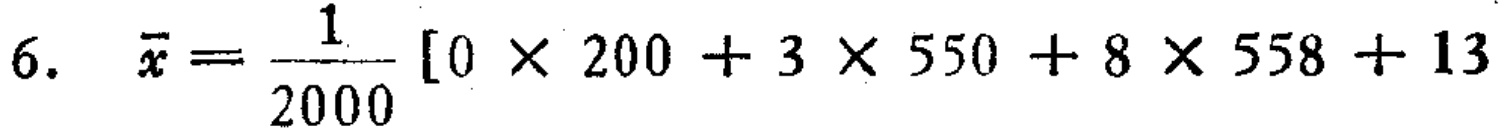
$6.\ \ \bar{x}=\frac{1}{2000}[0\times 200 + 3\times 550 + 8\times 558 + 13$